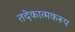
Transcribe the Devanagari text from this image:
तदेकात्मकरूप